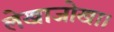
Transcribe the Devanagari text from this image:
लेखाजोखा।